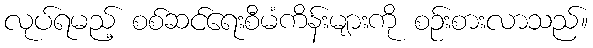
လုပ်ရမည့် စစ်ဆင်ရေးစီမံကိန်းများကို စဉ်းစားလာသည်။